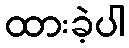
ထားခဲ့ပါ